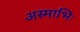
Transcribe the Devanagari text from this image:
अस्माभिः